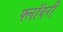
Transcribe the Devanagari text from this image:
फ्लॉवरी